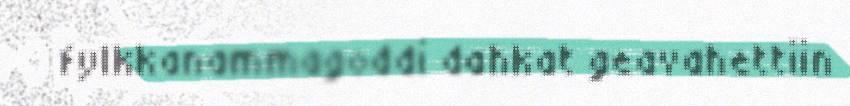
fylkkanammagoddi dahkat geavahettiin